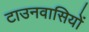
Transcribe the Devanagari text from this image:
टाउनवासियों